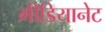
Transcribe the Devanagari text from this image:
मीडियानेट